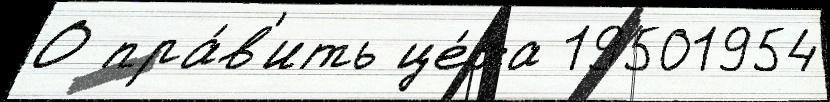
О пра́в'ить це́ха 19501954